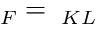
{ \bf \Lambda } _ { F } = { \bf \Lambda } _ { K L }